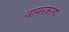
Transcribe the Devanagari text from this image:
चामरकल्प